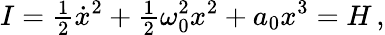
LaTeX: I={\textstyle\frac{1}{2}}\dot{x}^{2}+{\textstyle\frac{1}{2}}\omega_{0}^{2}x^{2}+a_{0}x^{3}=H\, ,